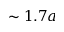
\sim 1 . 7 a